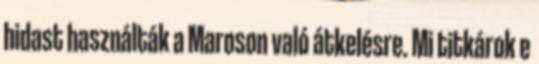
hidast használták a Maroson való átkelésre. Mi titkárok e